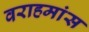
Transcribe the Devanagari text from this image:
वराहमांस